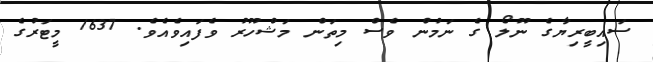
ސައިބީރިޔާގެ ނޫލޯ ގެ ނަމުން ވެސް މިތަން މަޝްހޫރު ވެފައިވެއެވެ. 1637 މީޓަރުގެ